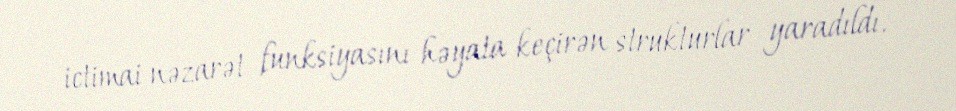
ictimai nəzarət funksiyasını həyata keçirən strukturlar yaradıldı.